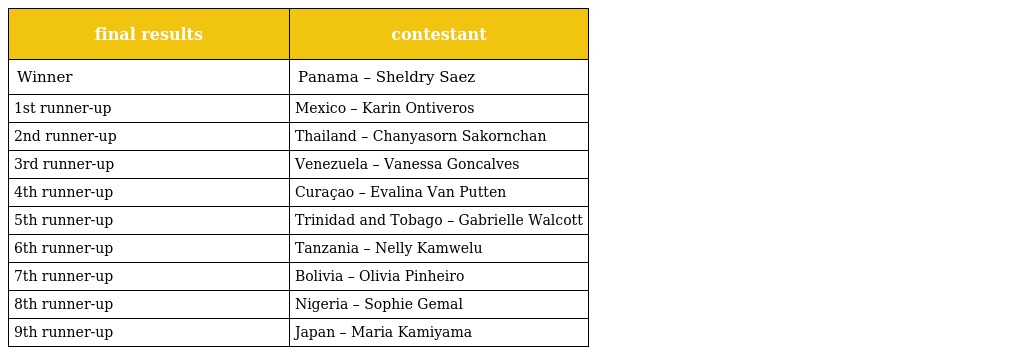
| final results | contestant |
 | --- | --- |
 | Winner | Panama – Sheldry Saez |
 | 1st runner-up | Mexico – Karin Ontiveros |
 | 2nd runner-up | Thailand – Chanyasorn Sakornchan |
 | 3rd runner-up | Venezuela – Vanessa Goncalves |
 | 4th runner-up | Curaçao – Evalina Van Putten |
 | 5th runner-up | Trinidad and Tobago – Gabrielle Walcott |
 | 6th runner-up | Tanzania – Nelly Kamwelu |
 | 7th runner-up | Bolivia – Olivia Pinheiro |
 | 8th runner-up | Nigeria – Sophie Gemal |
 | 9th runner-up | Japan – Maria Kamiyama |